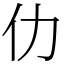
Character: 仂